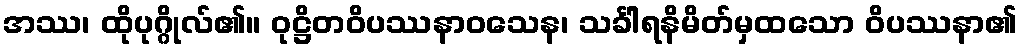
အဿ၊ ထိုပုဂ္ဂိုလ်၏။ ဝုဋ္ဌိတဝိပဿနာဝသေန၊ သင်္ခါရနိမိတ်မှထသော ဝိပဿနာ၏